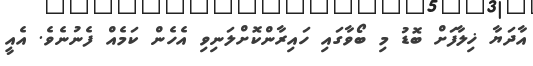
އާދަޔާ ޚިލާފަށް ބޮޑު މި ބޯވާގައި ހައިރާންކޮށްލަނިވި އެހެން ކަމެއް ފެނުނެވެ. އެއީ